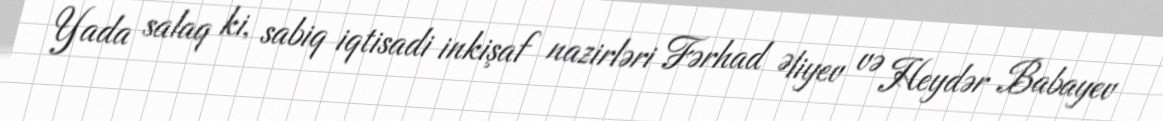
Yada salaq ki, sabiq iqtisadi inkişaf nazirləri Fərhad Əliyev və Heydər Babayev